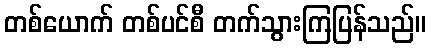
တစ်ယောက် တစ်ပင်စီ တက်သွားကြပြန်သည်။